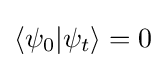
\langle \psi _{0}|\psi _{t}\rangle =0